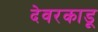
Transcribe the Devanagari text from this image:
देवरकाडू